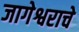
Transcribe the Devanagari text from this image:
जागेश्वराचे